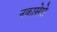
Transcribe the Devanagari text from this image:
नकासेरो